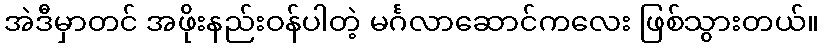
အဲဒီမှာတင် အဖိုးနည်းဝန်ပါတဲ့ မင်္ဂလာဆောင်ကလေး ဖြစ်သွားတယ်။